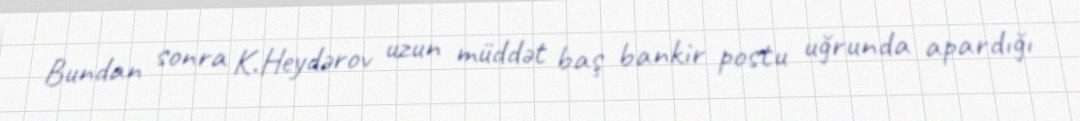
Bundan sonra K.Heydərov uzun müddət baş bankir postu uğrunda apardığı